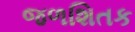
જળશિતક